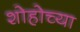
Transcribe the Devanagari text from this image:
शोहोच्या